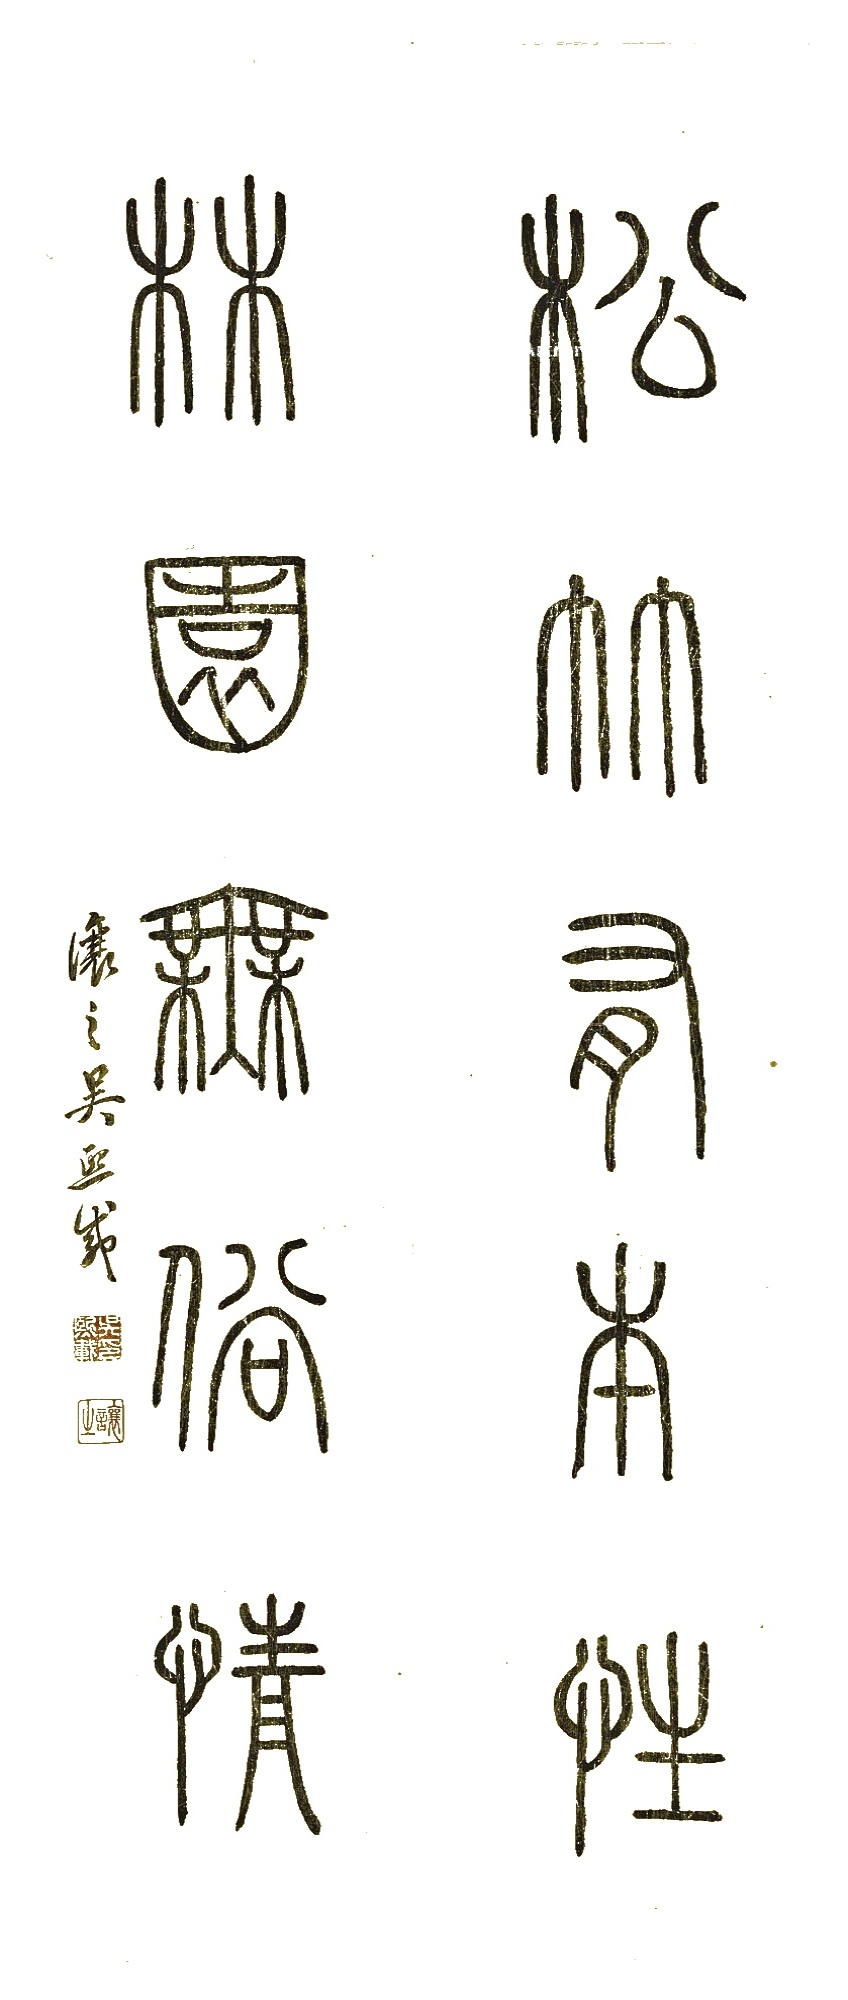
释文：松竹有本性，林园无俗情。让之吴熙载。